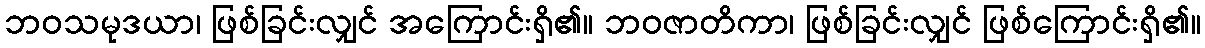
ဘဝသမုဒယာ၊ ဖြစ်ခြင်းလျှင် အကြောင်းရှိ၏။ ဘဝဇာတိကာ၊ ဖြစ်ခြင်းလျှင် ဖြစ်ကြောင်းရှိ၏။